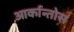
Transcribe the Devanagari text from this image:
आर्कान्तोस